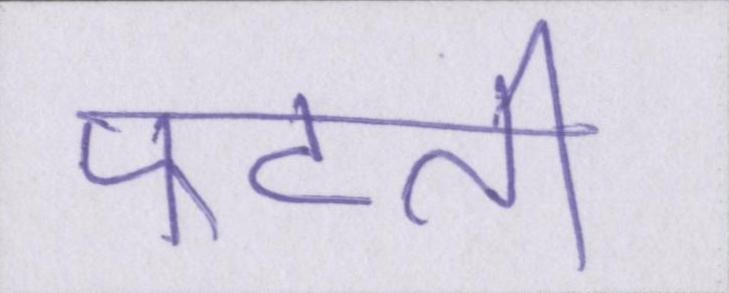
फटती